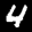
Label: 4